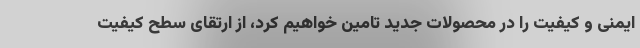
ایمنی و کیفیت را در محصولات جدید تامین خواهیم کرد، از ارتقای سطح کیفیت